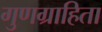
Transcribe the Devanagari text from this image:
गुणग्राहिता